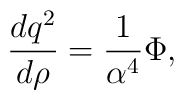
{dq^{2} \over d\rho} = { 1 \over \alpha^{4}} \Phi,